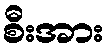
စီးအား